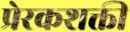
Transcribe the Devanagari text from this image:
प्रेरकशक्ती